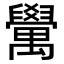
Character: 𮂮